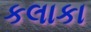
કલાકા